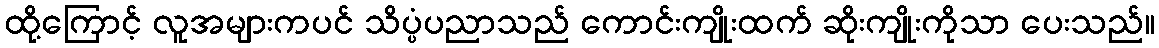
ထို့ကြောင့် လူအများကပင် သိပ္ပံပညာသည် ကောင်းကျိုးထက် ဆိုးကျိုးကိုသာ ပေးသည်။